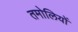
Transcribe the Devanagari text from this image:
तमोलियों